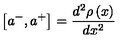
\left[ a ^ { - } , a ^ { + } \right] = \frac { d ^ { 2 } \rho \left( x \right) } { d x ^ { 2 } }